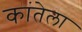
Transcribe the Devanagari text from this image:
कांतेला